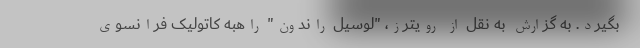
بگیرد. به گزارش به نقل از رویترز، "لوسیل راندون" راهبه کاتولیک فرانسوی